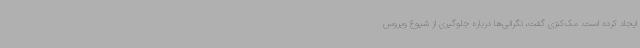
ایجاد کرده است. مک‌کنزی گفت، نگرانی‌ها درباره جلوگیری از شیوع ویروس